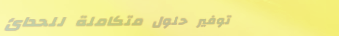
توفير حلول متكاملة للحدائ